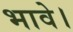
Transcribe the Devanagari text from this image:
भावे।